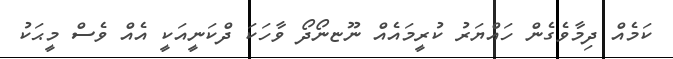
ކަމެއް ދިމާވެގެން ހައްޔަރު ކުރީމައެއް ނޫޏނޯދޯ ވާހަަކަ ދްކަނީއަކީ އެއް ވެސް މީޙަކު